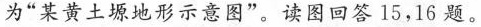
为”某黄土塬地形示意图”。读图回答15，16题。